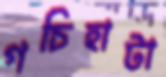
গচিহাটা